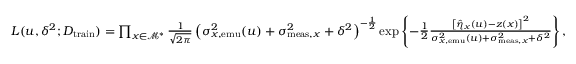
\begin{array} { r } { L ( u , \delta ^ { 2 } ; D _ { \mathrm { t r a i n } } ) = \prod _ { x \in \mathcal { M } ^ { * } } \frac { 1 } { \sqrt { 2 \pi } } \left( \sigma _ { x , \mathrm { e m u } } ^ { 2 } ( u ) + \sigma _ { \mathrm { m e a s } , x } ^ { 2 } + \delta ^ { 2 } \right) ^ { - \frac 1 2 } \exp \left\{ - \frac { 1 } { 2 } \frac { \left[ \hat { \eta } _ { x } ( u ) - z ( x ) \right] ^ { 2 } } { \sigma _ { x , \mathrm { e m u } } ^ { 2 } ( u ) + \sigma _ { \mathrm { m e a s } , x } ^ { 2 } + \delta ^ { 2 } } \right\} , } \end{array}